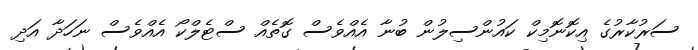
ސަރުކާރުގެ އިކޮނޮމިކް ކައުންސިލުން ބުނާ އެއްވެސް ގޮތެއް ސްޓެލްކޯ އެއްވެސް ނަހަދާ އަދި